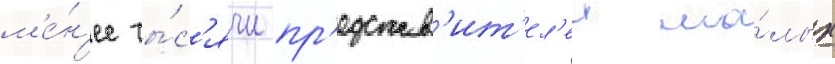
м'е́н'ее ты́с'ячи пр'едстав'ит'ел'еи ма́лых